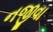
નજીવા